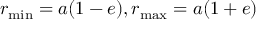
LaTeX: r _ { \operatorname* { m i n } } = a ( 1 - e ) , r _ { \operatorname* { m a x } } = a ( 1 + e )